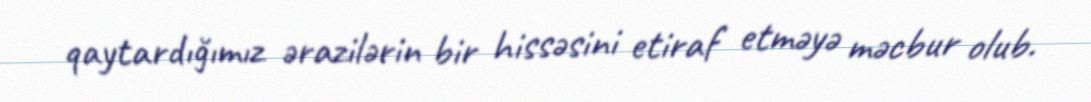
qaytardığımız ərazilərin bir hissəsini etiraf etməyə məcbur olub.